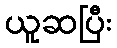
ယူဆပြီး